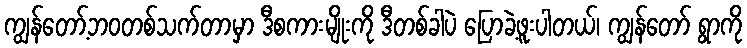
ကျွန်တော့်ဘဝတစ်သက်တာမှာ ဒီစကားမျိုးကို ဒီတစ်ခါပဲ ပြောခဲ့ဖူးပါတယ်၊ ကျွန်တော် ရွာကို